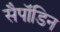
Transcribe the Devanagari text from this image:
सैपॉडिन